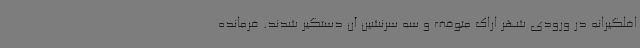
افلگیرانه در ورودی شهر اراک متوقف و سه سرنشین آن دستگیر شدند. فرمانده